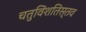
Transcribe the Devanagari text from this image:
चतुविंशतिस्तव